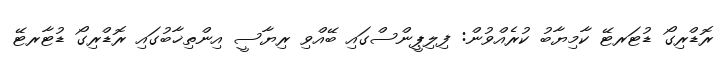
ރޮޑްރިގޯ ޑުޓަރޓޭ ކާމިޔާބު ކުރެއްވުން: ފިލިޕީންސްގައި ބޭއްވި ރިޔާސީ އިންތިޚާބުގައި ރޮޑްރިގޯ ޑުޓާރޓޭ